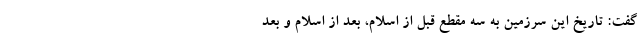
گفت: تاریخ این سرزمین به سه مقطع قبل از اسلام، بعد از اسلام و بعد